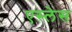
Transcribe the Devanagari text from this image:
एस्लेस